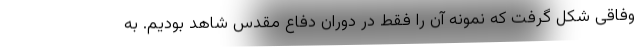
وفاقی شکل گرفت که نمونه آن را فقط در دوران دفاع مقدس شاهد بودیم. به